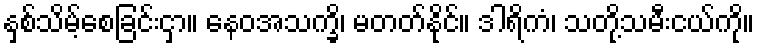
နှစ်သိမ့်စေခြင်းငှာ။ နေဝအသက္ခိ၊ မတတ်နိုင်။ ဒါရိကံ၊ သတို့သမီးငယ်ကို။